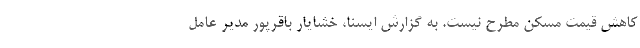
کاهش قیمت مسکن مطرح نیست. به گزارش ایسنا، خشایار باقرپور مدیر عامل